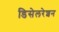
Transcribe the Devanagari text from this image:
डिसेलरेशन